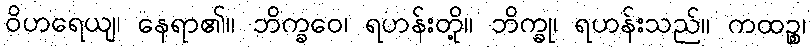
ဝိဟရေယျ၊ နေရာ၏။ ဘိက္ခဝေ၊ ရဟန်းတို့။ ဘိက္ခု၊ ရဟန်းသည်။ ကထဉ္စ၊